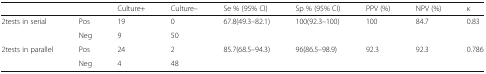
<table><thead><tr><td></td><td></td><td><b>Culture+</b></td><td><b>Culture–</b></td><td><b>Se % (95% CI)</b></td><td><b>Sp % (95% CI)</b></td><td><b>PPV (%)</b></td><td><b>NPV (%)</b></td><td><b>κ</b></td></tr></thead><tbody><tr><td rowspan="2">2tests in serial</td><td>Pos</td><td>19</td><td>0</td><td>67.8(49.3–82.1)</td><td>100(92.3–100)</td><td>100</td><td>84.7</td><td>0.83</td></tr><tr><td>Neg</td><td>9</td><td>50</td><td></td><td></td><td></td><td></td><td></td></tr><tr><td rowspan="2">2tests in parallel</td><td>Pos</td><td>24</td><td>2</td><td>85.7(68.5–94.3)</td><td>96(86.5–98.9)</td><td>92.3</td><td>92.3</td><td>0.786</td></tr><tr><td>Neg</td><td>4</td><td>48</td><td></td><td></td><td></td><td></td><td></td></tr></tbody></table>